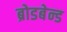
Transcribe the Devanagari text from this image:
ब्रोडबेन्ड